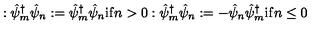
: { \hat { \psi } _ { m } } ^ { \dagger } \hat { \psi } _ { n } : = { \hat { \psi } _ { m } } ^ { \dagger } \hat { \psi } _ { n } { } \mathrm { i f } n > 0 : { \hat { \psi } _ { m } } ^ { \dagger } \hat { \psi } _ { n } : = - \hat { \psi } _ { n } { \hat { \psi } _ { m } } ^ { \dagger } \mathrm { i f } n \le 0